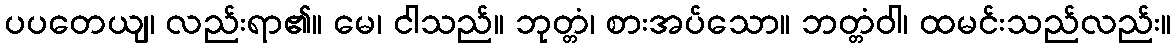
ပပတေယျ၊ လည်းရာ၏။ မေ၊ ငါသည်။ ဘုတ္တံ၊ စားအပ်သော။ ဘတ္တံဝါ၊ ထမင်းသည်လည်း။